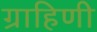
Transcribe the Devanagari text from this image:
ग्राहिणी